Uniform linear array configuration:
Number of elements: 32
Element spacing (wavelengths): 0.25
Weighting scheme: hamming
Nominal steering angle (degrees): -45
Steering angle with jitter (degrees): -44.558
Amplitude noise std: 0.05
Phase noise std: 0.05

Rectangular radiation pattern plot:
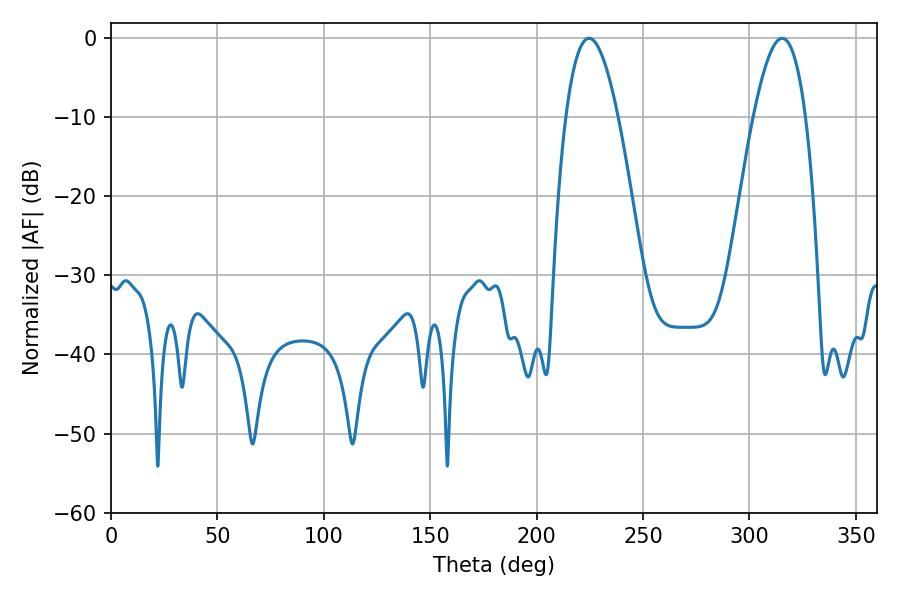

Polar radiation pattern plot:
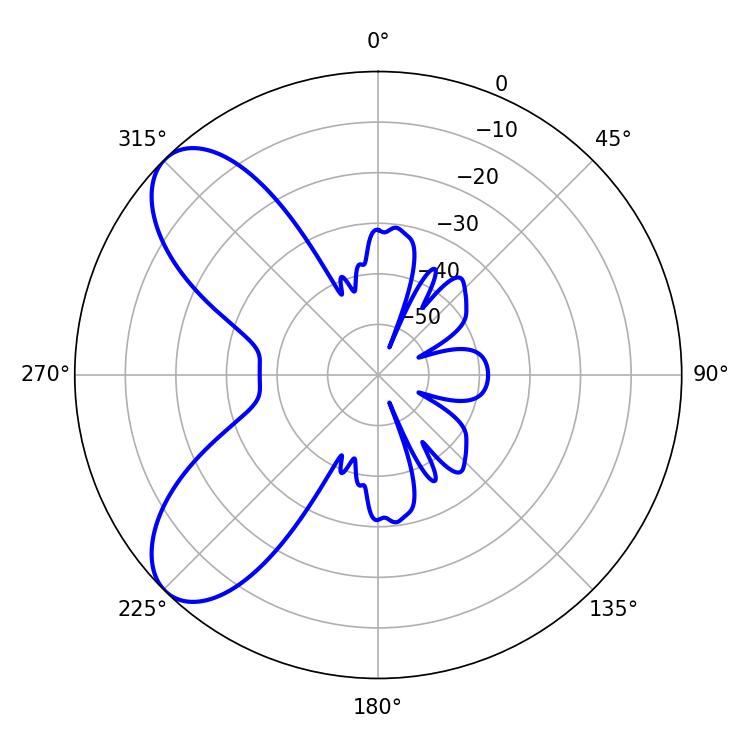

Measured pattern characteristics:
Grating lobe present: FALSE
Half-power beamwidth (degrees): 13.32
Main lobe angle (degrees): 224.64